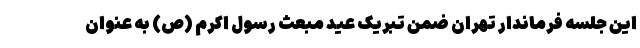
این جلسه فرماندار تهران ضمن تبریک عید مبعث رسول اکرم (ص) به عنوان